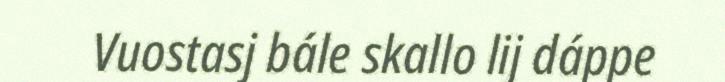
Vuostasj bále skallo lij dáppe